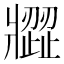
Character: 𤖗